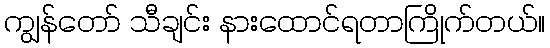
ကျွန်တော် သီချင်း နားထောင်ရတာကြိုက်တယ်။